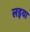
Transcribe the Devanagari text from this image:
लइया